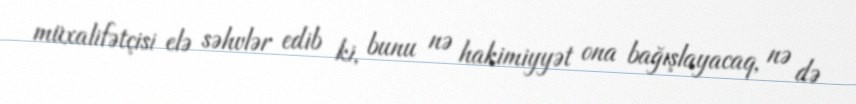
müxalifətçisi elə səhvlər edib ki, bunu nə hakimiyyət ona bağışlayacaq, nə də